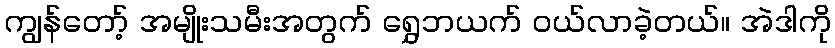
ကျွန်တော့် အမျိုးသမီးအတွက် ရွှေဘယက် ဝယ်လာခဲ့တယ်။ အဲဒါကို